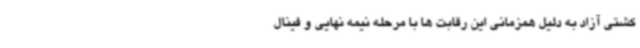
کشتی آزاد به دلیل همزمانی این رقابت ها با مرحله نیمه نهایی و فینال